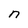
Character: n